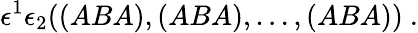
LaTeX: \epsilon^{1}\epsilon_{2}((ABA),(ABA),\dots,(ABA))\ .